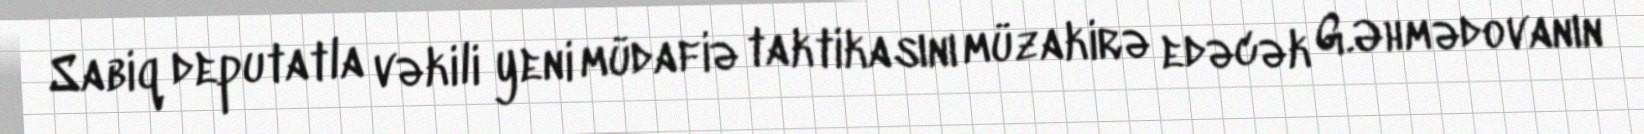
Sabiq deputatla vəkili yeni müdafiə taktikasını müzakirə edəcək G.Əhmədovanın